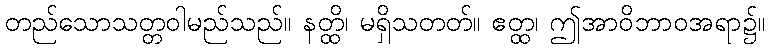
တည်သောသတ္တဝါမည်သည်။ နတ္ထိ၊ မရှိသတတ်။ ဧတ္ထ၊ ဤအာဝိဘာဝအရာ၌။